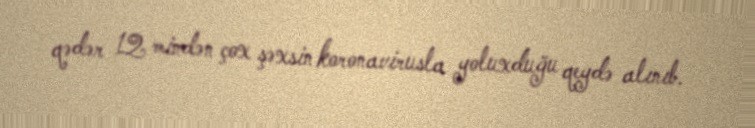
qədər 12 mindən çox şəxsin koronavirusla yoluxduğu qeydə alınıb.